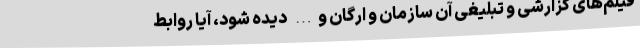
فیلم‌های گزارشی و تبلیغی آن سازمان و ارگان و… دیده شود، آیا روابط